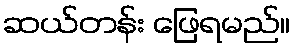
ဆယ်တန်း ဖြေရမည်။